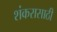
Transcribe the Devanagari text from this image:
शंकरासाठी